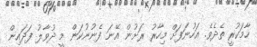
ހާމަކުރީ ތެދެވެ. އަހުނަފަށް މިހާރު ރަށުން އޭނަ ފެނުނުކަން މީ ދުވާލު ފަދައިން